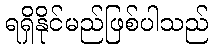
ရရှိနိုင်မည်ဖြစ်ပါသည်